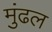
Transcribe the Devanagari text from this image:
मुंढल